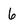
Character: 6